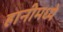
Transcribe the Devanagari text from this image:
हानीमध्ये